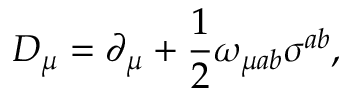
~ ~ ~ ~ D _ { \mu } = \partial _ { \mu } + \frac 1 2 \omega _ { \mu a b } \sigma ^ { a b } ,